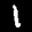
Label: 1